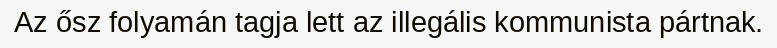
Az ősz folyamán tagja lett az illegális kommunista pártnak.